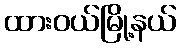
ထားဝယ်မြို့နယ်